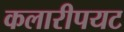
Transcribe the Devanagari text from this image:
कलारीपयट